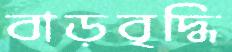
বাড়বৃদ্ধি